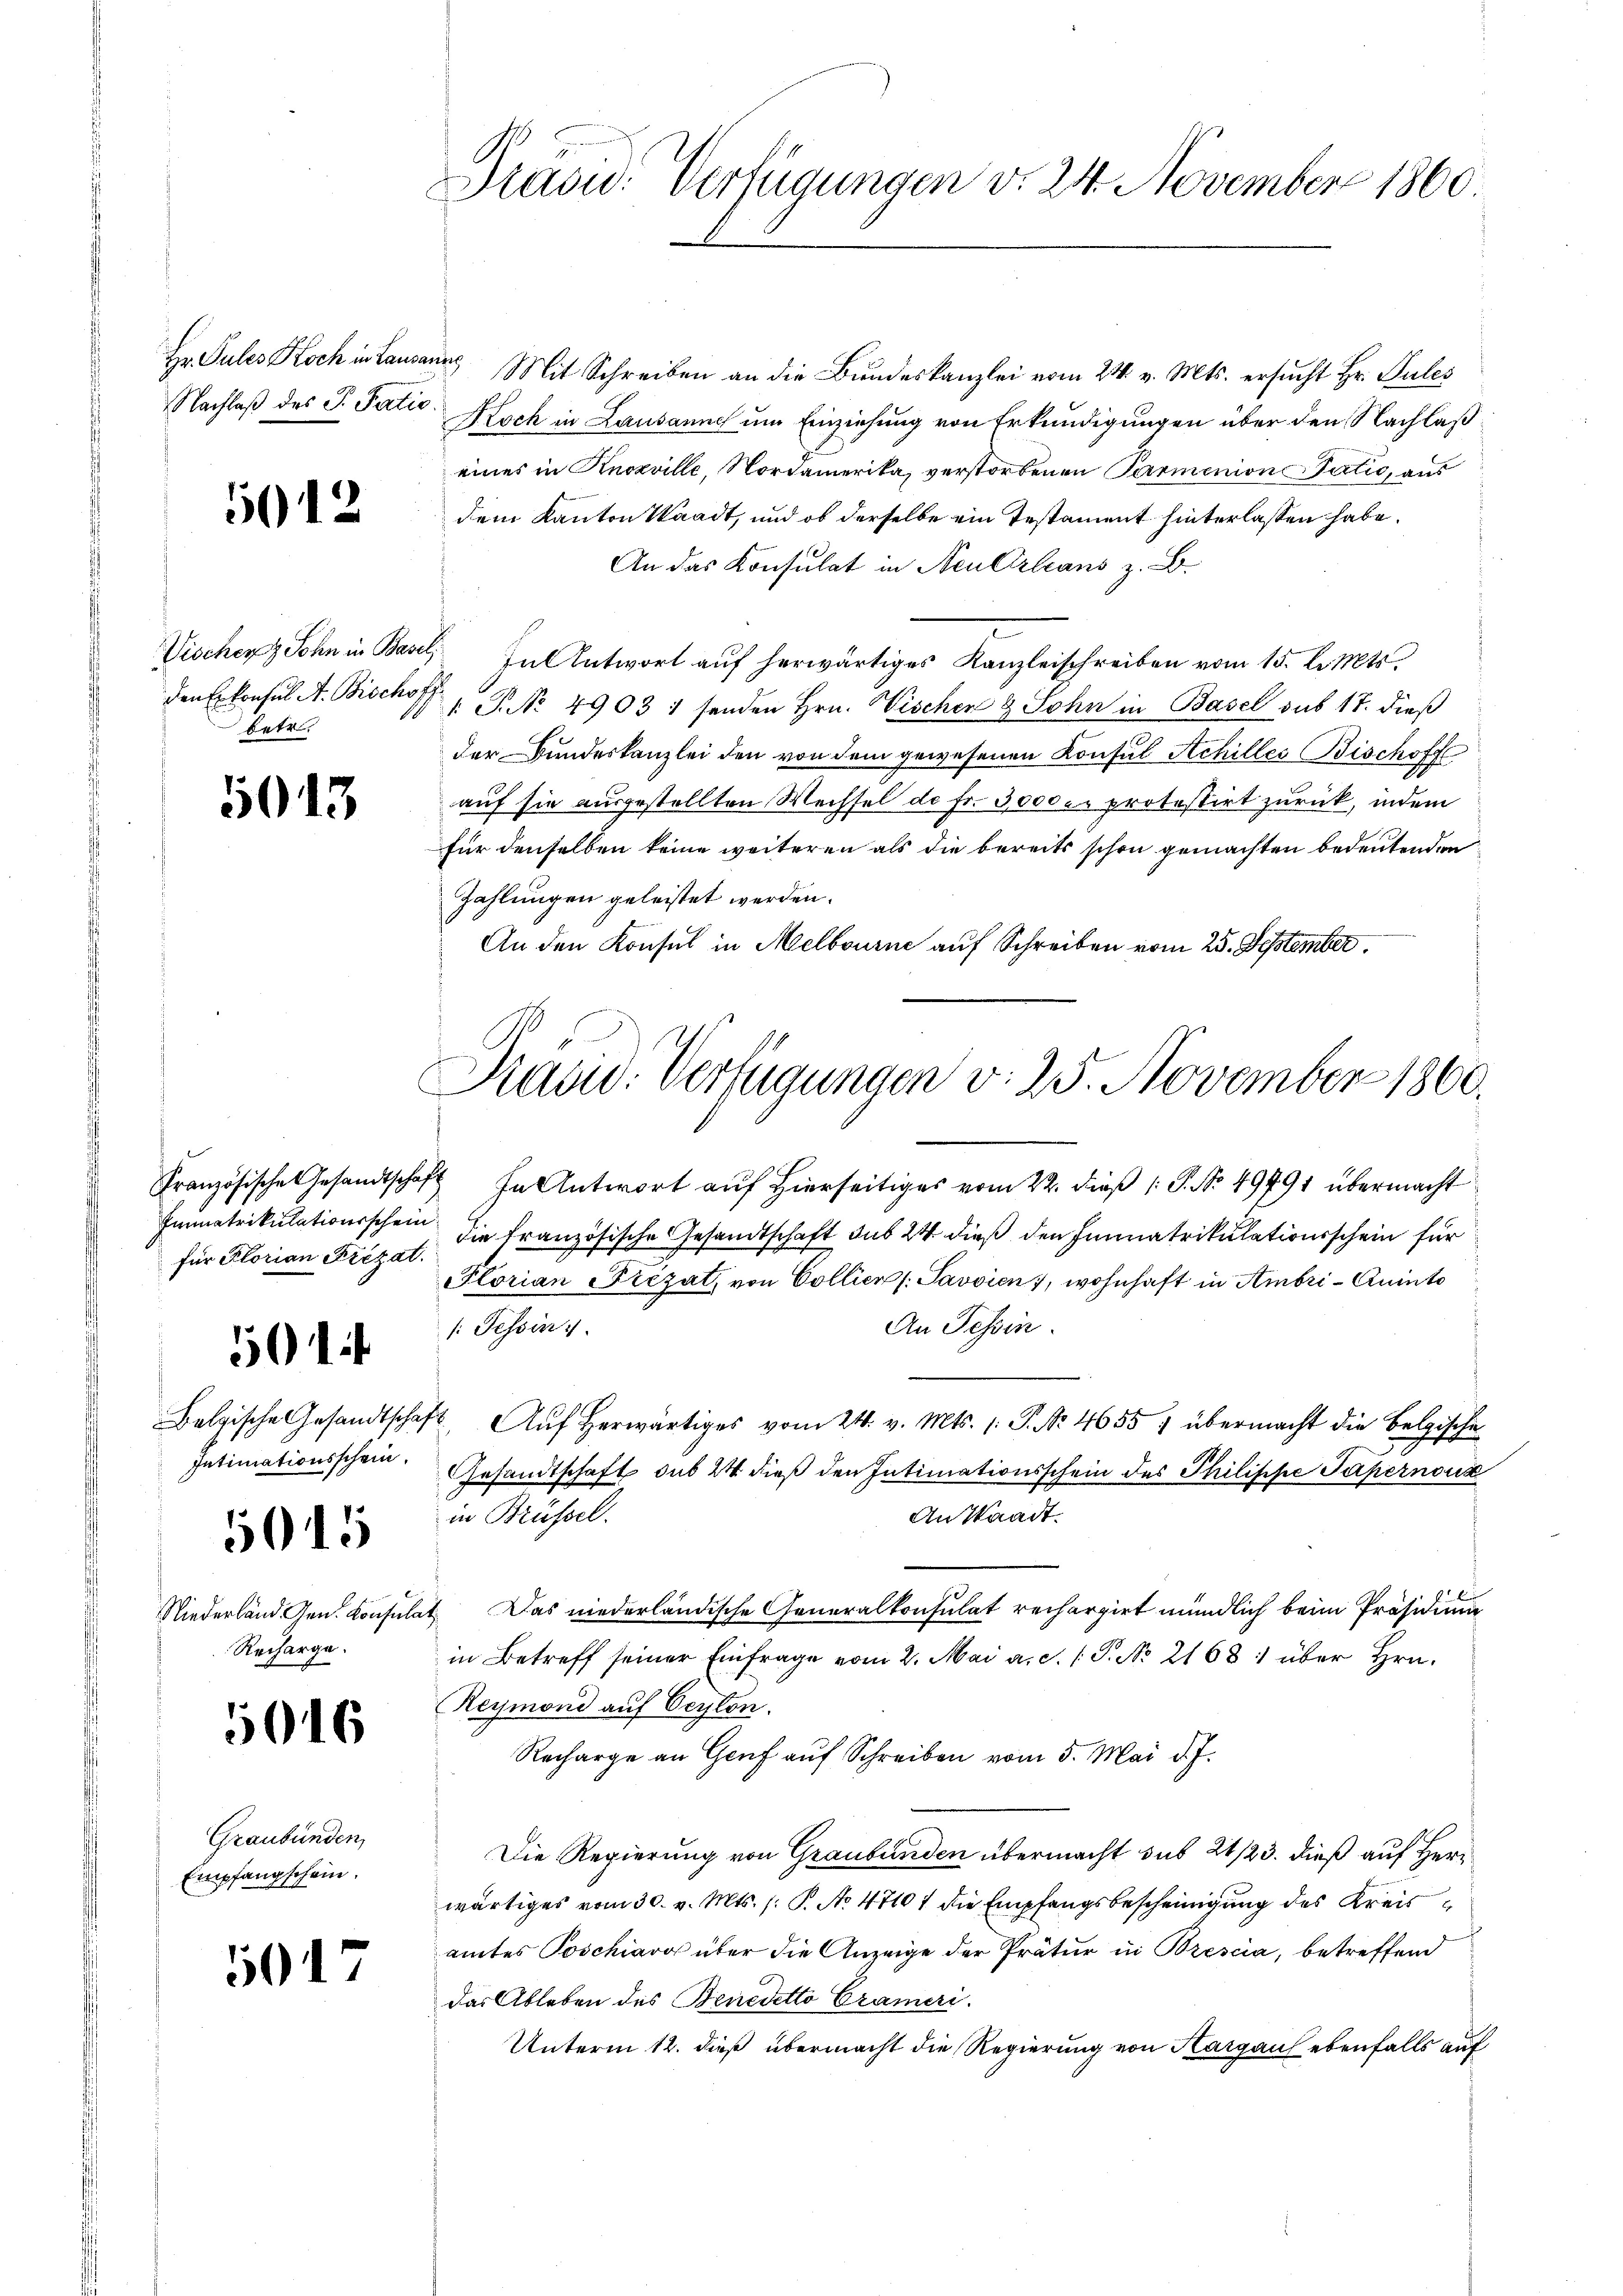
Hr. Pules Koch in Laus
Nachlaß des P. Paris

5012

den Erkonsul St. Bischo
betr.

5013

Immatrikulationsschein
für Florian Frizat.

501

Intimationsschein.

Recharge.

5015

5016

Graubünden,
Empfangschein.

5017

Prasid. Verfügungen d. 24. November 1860

weitig
Mit Schreiben an die Bundeskanzlei vom 24. v. Mts. ersucht Hr. Pules
Koch in Lausanne um Einziehung von Erkundigungen über den Nachlaß
eines in Knoxville, Nordamerika, verstorbenen Parmenion Patić, aus
dem Kanton Waadt, und ob derselbe ein Testament hinterlassen habe.
An das Konsulat in Neulirleans z. B.
Vischer Sohn in Basel, In Antwort auf herwärtiges Kanzleischreiben vom 15. d. Mts.
N. V. P. No. 4903 1 senden Hrn. Vischen & Sohn in Basel sub 17. dieß
der Bundeskanzlei den von dem gewesenen Konsul Achilles Bischoff
auf sie ausgestellten Wechsel de Fr. 3000 m. protestirt zurück, indem
für denselben keine weiteren als die bereits schon gemachten bedeutenden
Zahlungen geleistet werden.
An den Konsul in Melbourne auf Schreiben vom 25. September.

Französische Gesandtschaft In Antwort auf hierseitiges vom 22. dieß (: P. No. 49791 übermacht
die französische Gesandtschaft sub 24 dieß den Einnatrikulationsschein für
Plorian Fiezat, von Collien (Savvien), wohnhaft in Ambri-Quinto
An Tessin.
/: Tessin
Belgische Gesandtschaft. Aŭf herwärtiges vom 24. v. Mts. 1. P. Nr. 4655 7 übermacht die Belgische
.
Gesamtschaft sub 24 dieß den Intimationsschein des Philippe Tapernous
in Brüssel.
An Staadt.
Niederland Gen. Consulat. Das niederländische Generalkonsulat rechargirt mündlich beim Präsidima
in Betreff seiner Einfrage vom 2. Mai a.c. (T. No 2168) über Hrn.
Reymond auf Ceylon.
Recharge an Genf auf Schreiben vom 5. Mai d. J.
Die Regierung von Graubünden übermacht sub 21/23. dieß auf Herr
wärtiges vom 30. v. Mts. (: P. No 47101 die Empfangsbescheinigung des Kreisamtes Poschiavo über die Anzeige der Prätur in Brescia, betreffend
das Ableben des Benedetto Crameri
Unterm 12. dieß übermacht die Regierung von Hargau ebenfalls auf

Kaud. Verfügungen v. 25. November 1860.